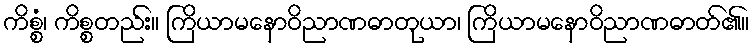
ကိစ္စံ၊ ကိစ္စတည်း။ ကြိယာမနောဝိညာဏဓာတုယာ၊ ကြိယာမနောဝိညာဏဓာတ်၏။